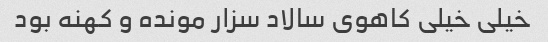
خیلی خیلی کاهوی سالاد سزار مونده و کهنه بود